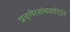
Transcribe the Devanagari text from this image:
प्रवृत्तेरसंभवादिति